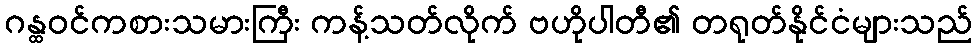
ဂန္ထဝင်ကစားသမားကြီး ကန့်သတ်လိုက် ဗဟိုပါတီ၏ တရုတ်နိုင်ငံများသည်